Newspaper: The Cincinnati daily star. [volume]
Place of publication: [Cincinnati, Ohio]
Publisher: [Star Pub. Co.]
Date: 1880-06-15 00:00:00
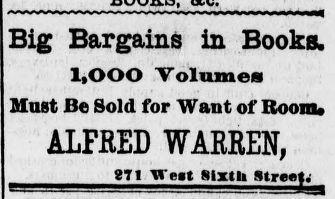
Advertisement text (OCR):
Big Bargains in Books. 1,000 Volumes Must Be Sold for Want of Room ALFRED WARREN, 8T1 TTeat Sixth Street;
Label: text-only